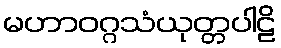
မဟာဝဂ္ဂသံယုတ္တပါဠိ